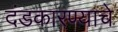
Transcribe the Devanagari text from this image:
दंडकारण्याचे